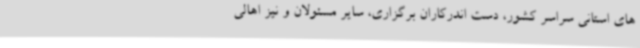
های استانی سراسر کشور، دست اندرکاران برگزاری، سایر مسئولان و نیز اهالی